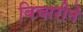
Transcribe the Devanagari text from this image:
बिचारीने